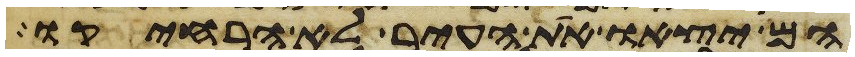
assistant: הם יצאו את העיר לא הרחיקו